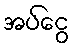
အပ်ငွေ